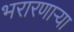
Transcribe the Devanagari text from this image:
भरारणाऱ्या